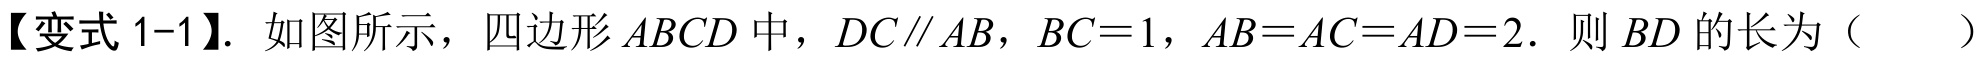
【变式 1-1】. 如图所示，四边形\(ABCD\)中，\(DC\parallel AB\)，\(BC = 1\)，\(AB = AC = AD = 2\)．则\(BD\)的长为（  ）